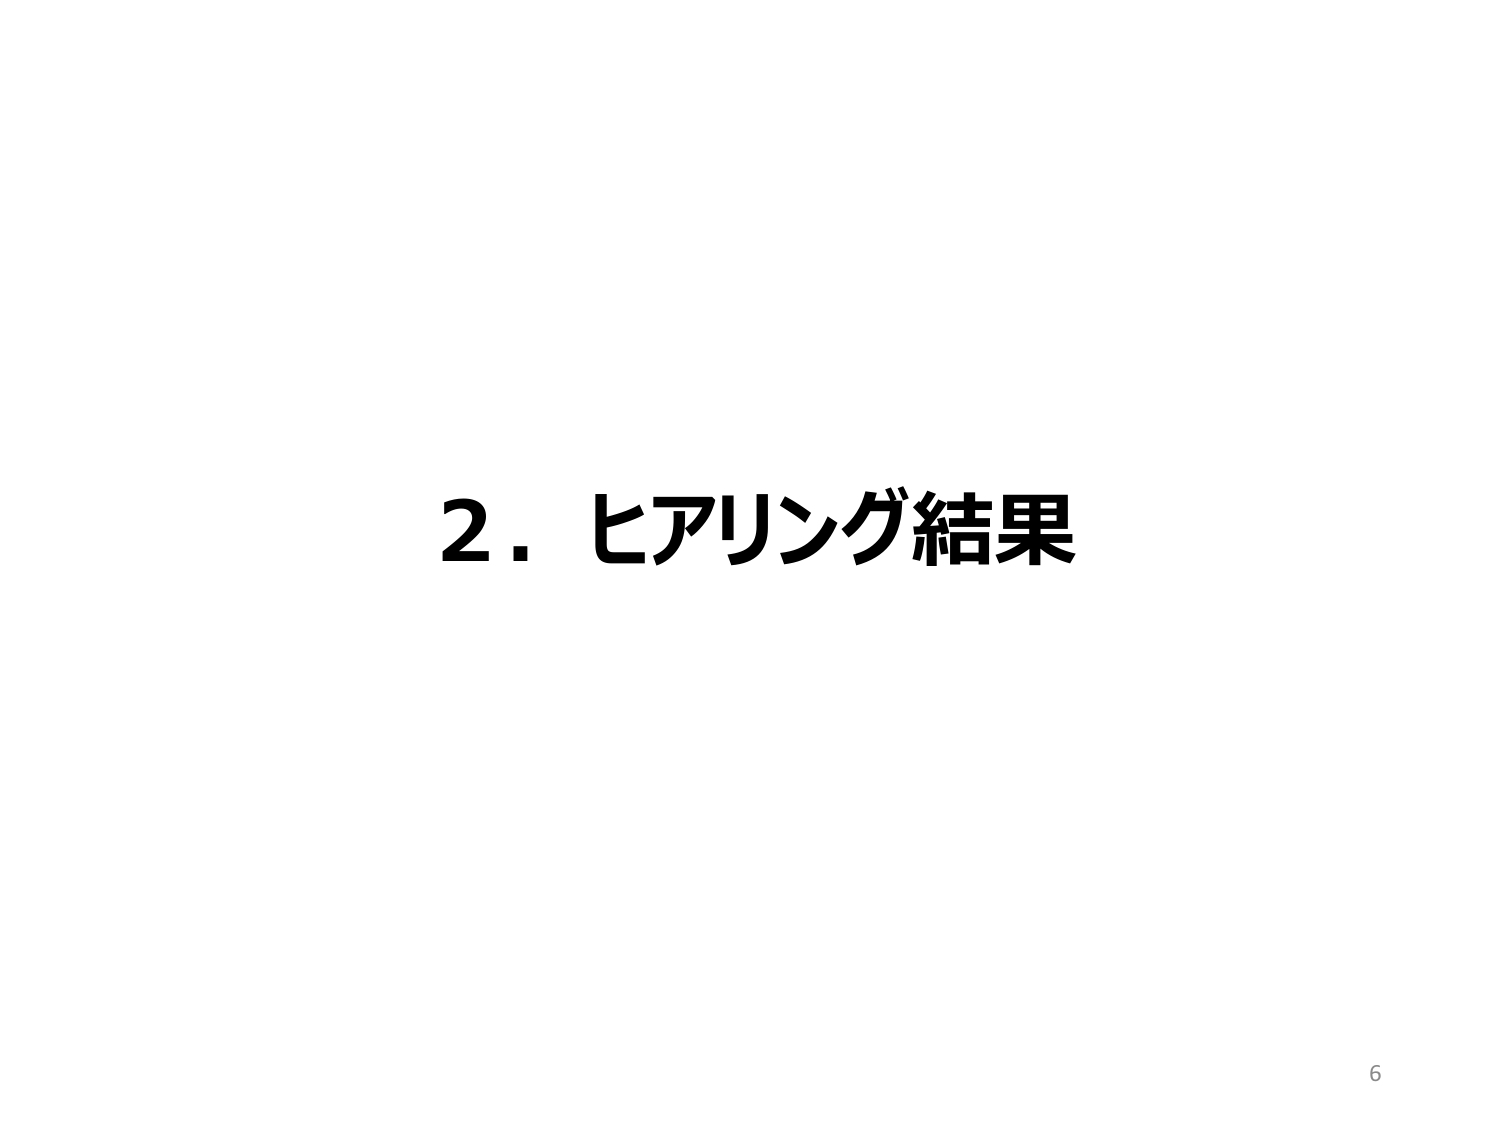
2. ヒアリング結果
6